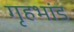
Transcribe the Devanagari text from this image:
गृहभांड